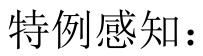
特例感知：